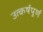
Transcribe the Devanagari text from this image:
उत्कर्षपूर्ण